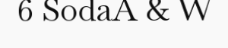
6 SodaA & W